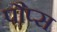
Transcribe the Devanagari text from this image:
पौप्स